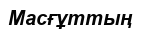
Масғұттың